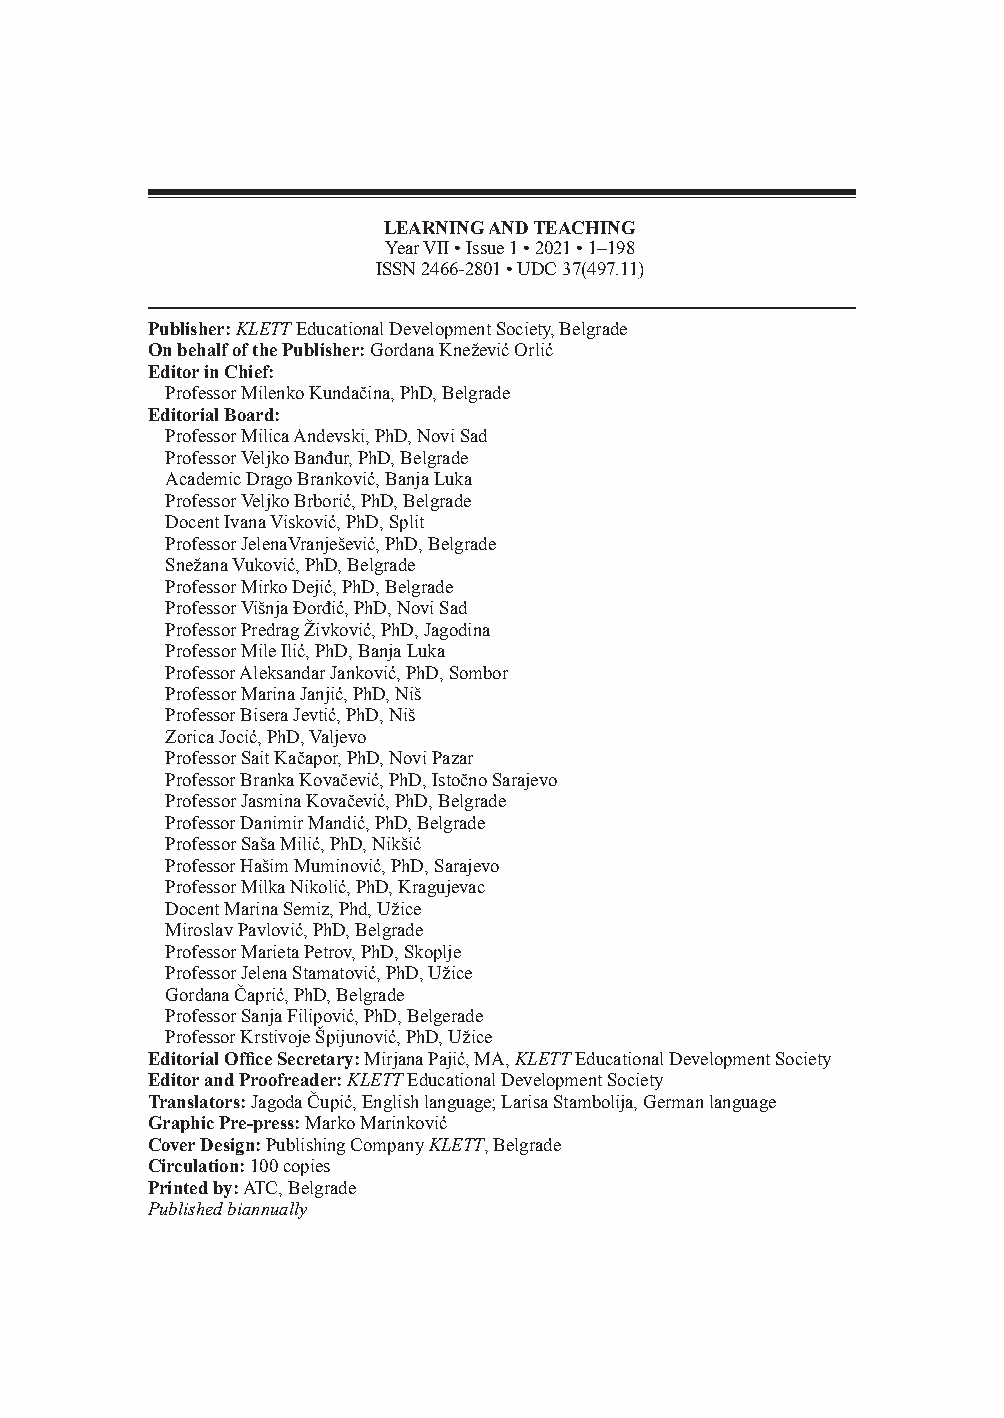
LEARNING AND TEACHING
 Year VII • Issue 1 • 2021 • 1–198
 ISSN 2466-2801 • UDC 37(497.11)
 Publisher: KLETT Educational Development Society, Belgrade
 On behalf of the Publisher: Gordana Knežević Orlić
 Editor in Chief:
 Professor Milenko Kundačina, PhD, Belgrade
 Editorial Board:
 Professor Milica Andevski, PhD, Novi Sad
 Professor Veljko Bаnđur, PhD, Belgrade
 Academic Drago Branković, Banja Luka
 Professor Veljko Brborić, PhD, Belgrade
 Docent Ivana Visković, PhD, Split
 Professor JelenaVranješević, PhD, Belgrade
 Snežana Vuković, PhD, Belgrade
 Professor Mirko Dejić, PhD, Belgrade
 Professor Višnja Đorđić, PhD, Novi Sad
 Professor Predrag Živković, PhD, Jagodina
 Professor Mile Ilić, PhD, Banja Luka
 Professor Aleksandar Janković, PhD, Sombor
 Professor Marina Janjić, PhD, Niš
 Professor Bisera Jevtić, PhD, Niš
 Zorica Jocić, PhD, Valjevo
 Professor Sait Kačapor, PhD, Novi Pazar
 Professor Branka Kovačević, PhD, Istočno Sarajevo
 Professor Jasmina Kovačević, PhD, Belgrade
 Professor Danimir Mandić, PhD, Belgrade
 Professor Saša Milić, PhD, Nikšić
 Professor Hašim Muminović, PhD, Sarajevo
 Professor Milka Nikolić, PhD, Kragujevac
 Docent Marina Semiz, Phd, Užice
 Miroslav Pavlović, PhD, Belgrade
 Professor Marieta Petrov, PhD, Skoplje
 Professor Jelena Stamatović, PhD, Užice
 Gordana Čaprić, PhD, Belgrade
 Professor Sanja Filipović, PhD, Belgerade
 Professor Krstivoje Špijunović, PhD, Užice
 Editorial Office Secretary: Mirjana Pajić, MA, KLETT Educational Development Society
 Editor and Proofreader: KLETT Educational Development Society
 Translators: Jagoda Čupić, English language; Larisa Stambolija, German language
 Graphic Pre-press: Marko Marinkоvić
 Cover Design: Publishing Company KLETT, Belgrade
 Circulation: 100 copies
 Printed by: ATC, Belgrade
 Published biannually